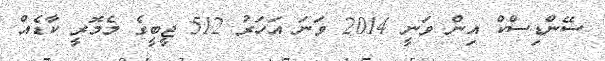
ސޭންޑިސްކް އިން ވަނީ 2014 ވަނަ އަހަރު 512 ޖީބީގެ މެމޮރީ ކާޑެއް